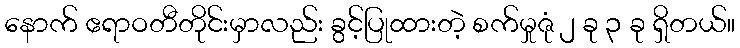
နောက် ဧရာဝတီတိုင်းမှာလည်း ခွင့်ပြုထားတဲ့ စက်မှုဇုံ ၂ ခု ၃ ခု ရှိတယ်။